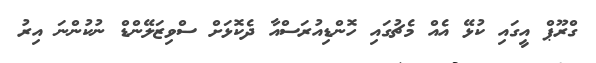
ގްރޫޕް އީގައި ކުޅޭ އެއް މެޗުގައި ހޮންޑިއުރަސްއާ ދެކޮޅަށް ސްވިޒަލޭންޑް ނުކުންނަ އިރު